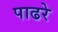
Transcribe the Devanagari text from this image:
पाढरे